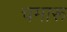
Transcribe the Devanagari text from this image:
चमारू